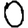
Digit: 0